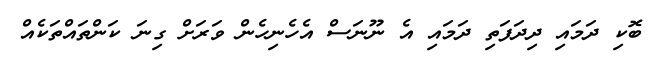
ބޮކި ދަމައި ދިދަފަތި ދަމައި އެ ނޫނަސް އެހެނިހެން ވަރަށް ގިނަ ކަންތައްތަކެއް